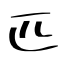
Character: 匹